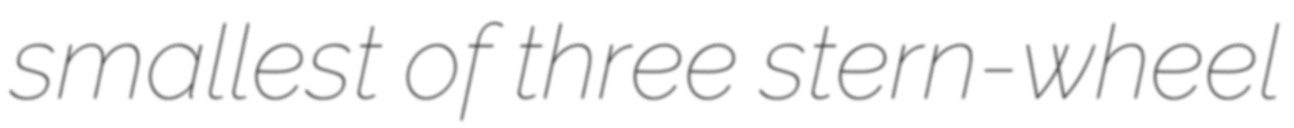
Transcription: smallest of three stern-wheel